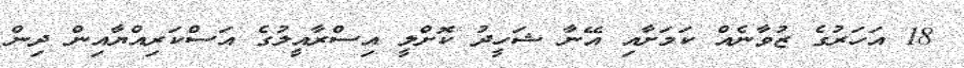
18 އަހަރުގެ ޒުވާނެއް ކަމަށާއި އޭނާ ޝަހީދު ކޮށްލީ އިސްރާއީލުގެ އަސްކަރިއްޔާއިން ދިން